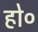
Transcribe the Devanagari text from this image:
हो०